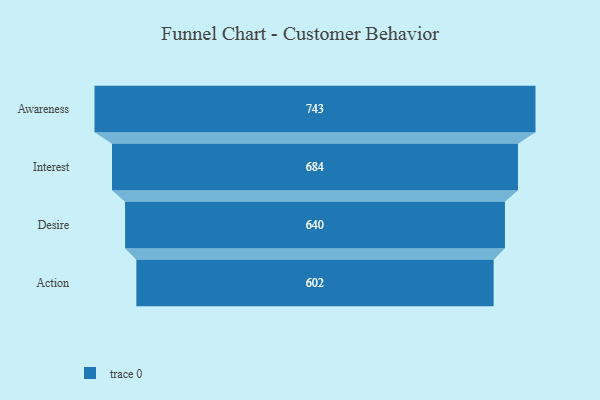
{"axis": {"x": "Stage", "y": "Value"}, "legend": [""], "data": [{"x": "Awareness", "y": 743.0, "type": ""}, {"x": "Interest", "y": 684.0, "type": ""}, {"x": "Desire", "y": 640.0, "type": ""}, {"x": "Action", "y": 602.0, "type": ""}]}